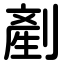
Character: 剷